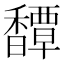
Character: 𩡝